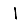
Digit: 1